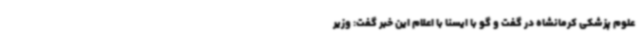
علوم پزشکی کرمانشاه در گفت و گو با ایسنا با اعلام این خبر گفت: وزیر